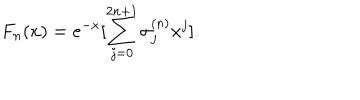
LaTeX: F _ { n } ( x ) = e ^ { - x } [ \sum _ { j = 0 } ^ { 2 n + 1 } \sigma _ { j } ^ { ( n ) } x ^ { j } ] .